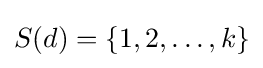
S(d)=\{1,2,\dots ,k\}